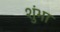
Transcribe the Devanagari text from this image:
शुंभा